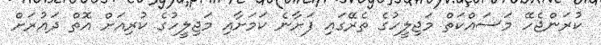
ކުރަންޖެހޭ މަސައްކަތް މަޖިލީހުގެ ތެރޭގައި ފަށާނެ ކަމަށާއި މަޖިލީހުގެ ކުރިއަށް އޮތް ދައުރަށް